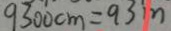
9 3 0 0 c m = 9 3 m